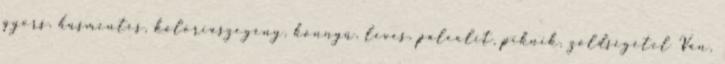
gyors, húsmentes, kalóriaszegény, könnyű, leves, paleolit, piknik, zöldségétel Van,